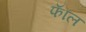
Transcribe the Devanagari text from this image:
फॅाल